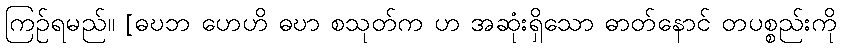
ကြဉ်ရမည်။ [ဓဎဘ ဟေဟိ ဓဎာ စသုတ်က ဟ အဆုံးရှိသော ဓာတ်နောင် တပစ္စည်းကို